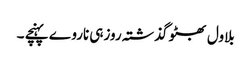
بلاول بھٹو گذشتہ روزہی ناروے پہنچے ۔